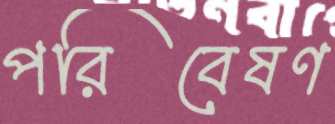
পরিবেষণ